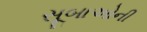
સૂબાઓની